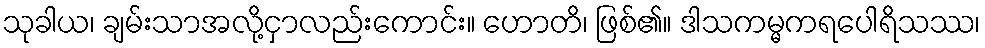
သုခါယ၊ ချမ်းသာအလို့ငှာလည်းကောင်း။ ဟောတိ၊ ဖြစ်၏။ ဒါသကမ္မကရပေါရိသဿ၊